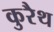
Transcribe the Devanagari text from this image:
कुरैथ